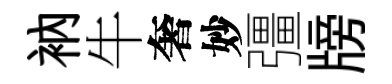
衲牛奢妙彊牓